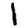
Digit: 1